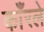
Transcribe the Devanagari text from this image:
काँरले